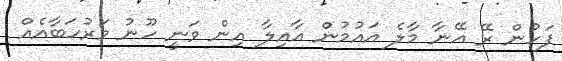
ފަހުން ރޭ އޭނާ މާލެ އައުމުން އާއިލާ އިން ވަނީ ހޫނު މަރުހަބާއެއް